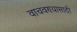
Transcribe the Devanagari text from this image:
वाचवण्‍यासाठी